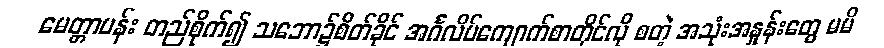
မေတ္တာပန်း တည်စိုက်၍ သဘော၌စိတ်ခိုင် အင်္ဂလိပ်ကျောက်စာတိုင်လို စတဲ့ အသုံးအနှုန်းတွေ မမိ